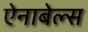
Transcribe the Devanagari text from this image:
ऐनाबेल्स